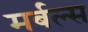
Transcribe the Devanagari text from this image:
मर्बल्स